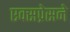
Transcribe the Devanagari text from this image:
एक्सप्रेसने